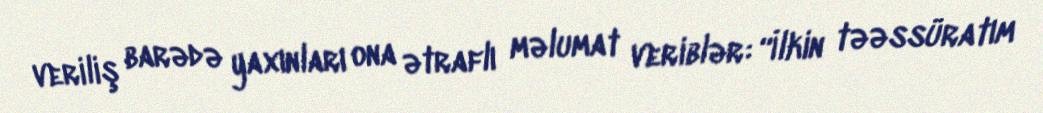
veriliş barədə yaxınları ona ətraflı məlumat veriblər: “İlkin təəssüratım